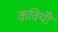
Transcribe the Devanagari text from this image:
कवियोँ